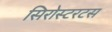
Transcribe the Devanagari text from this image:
सिरोस्टरटस